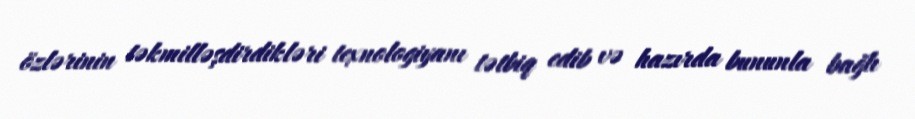
özlərinin təkmilləşdirdikləri texnologiyanı tətbiq edib və hazırda bununla bağlı